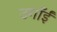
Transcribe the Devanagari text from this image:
उगाँईं